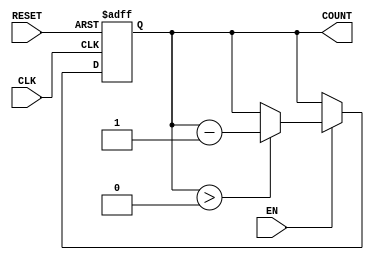
module decremental_counter (
    input wire CLK,          // Clock signal
    input wire RESET,        // Asynchronous reset signal
    input wire EN,          // Enable signal
    output reg [3:0] COUNT   // 4-bit counter output
);

    // Initial value for the counter
    parameter INITIAL_VALUE = 4'b1111; // Example: counting down from 15

    // Asynchronous reset and counter logic
    always @(posedge CLK or posedge RESET) begin
        if (RESET) begin
            COUNT <= INITIAL_VALUE; // Reset counter to initial value
        end else if (EN) begin
            if (COUNT > 0) begin
                COUNT <= COUNT - 1; // Decrement counter
            end
            // If COUNT is already 0, it will hold the value at 0
        end
        // If EN is low, COUNT retains its value
    end

endmodule